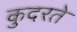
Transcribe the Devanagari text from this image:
कुदरते